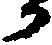
か